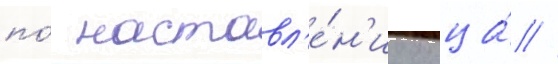
по́ наставл'е́н'иу отца́ //